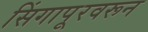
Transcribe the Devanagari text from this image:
सिंगापूरवरून